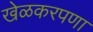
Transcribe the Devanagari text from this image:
खेळकरपणा